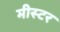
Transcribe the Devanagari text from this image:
मीस्टर